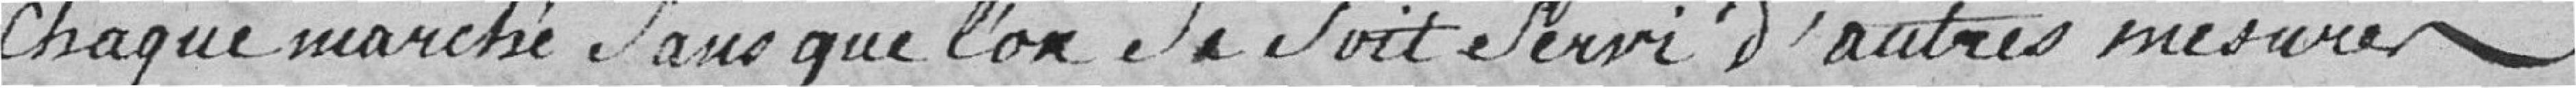
chaque marché sans que l'on se soit servi d'autres mesures